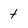
Character: t